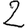
Digit: 2